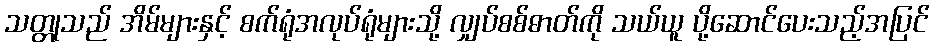
သတ္တုသည် အိမ်များနှင့် စက်ရုံအလုပ်ရုံများသို့ လျှပ်စစ်ဓာတ်ကို သယ်ယူ ပို့ဆောင်ပေးသည့်အပြင်